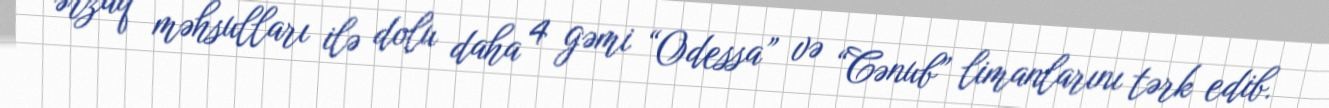
ərzaq məhsulları ilə dolu daha 4 gəmi “Odessa” və “Cənub” limanlarını tərk edib.